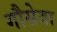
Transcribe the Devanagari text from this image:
गौसेवा